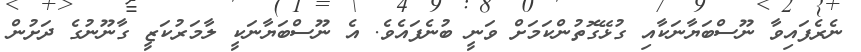
ނެރެފައިވާ ނޫސްބަޔާނަކާއި ގުޅޭގޮތުންކަމަށް ވަނީ ބުނެފައެވެ. އެ ނޫސްބަޔާނަކީ ލާމަރުކަޒީ ގާނޫނުގެ ދަށުން